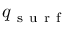
q _ { \mathrm { ~ s ~ u ~ r ~ f ~ } }